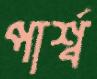
পার্শ্ব